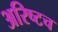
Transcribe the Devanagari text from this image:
अरिष्टच